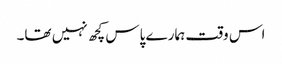
اس وقت ہمارے پاس کچھ نہیں تھا۔